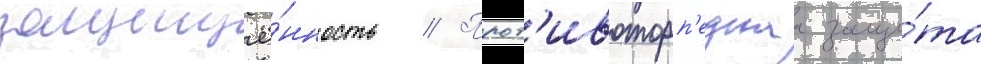
защищё́нность // Прот'ивоторп'еднаа защи́та